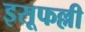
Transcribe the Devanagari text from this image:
इसूफल्ली